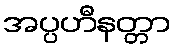
အပ္ပဟီနတ္တာ